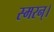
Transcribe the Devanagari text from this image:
स्मरन्‌।